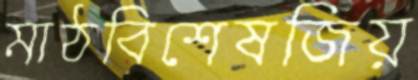
মাঠবিশেষজিয়